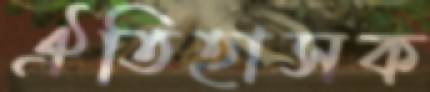
ঐতিহাসক